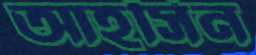
আহসিন